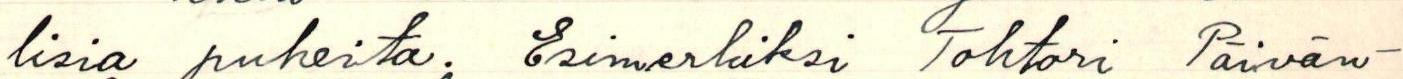
lisia puheita: Esimerkiksi Tohtori Päivän-